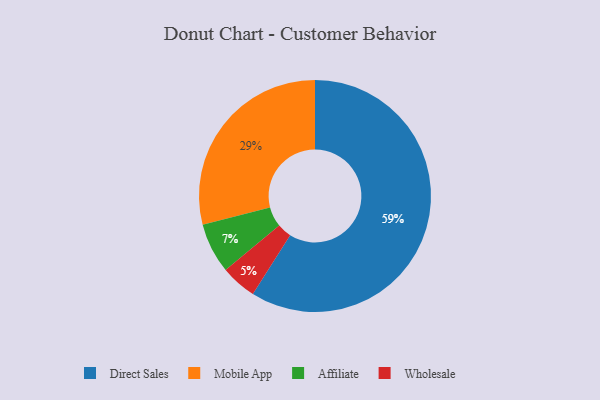
{"axis": {"x": "Category", "y": "Percentage"}, "legend": ["Affiliate", "Direct Sales", "Mobile App", "Wholesale"], "data": [{"x": "Affiliate", "y": 7, "type": "Affiliate"}, {"x": "Wholesale", "y": 5, "type": "Wholesale"}, {"x": "Mobile App", "y": 29, "type": "Mobile App"}, {"x": "Direct Sales", "y": 59, "type": "Direct Sales"}]}